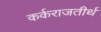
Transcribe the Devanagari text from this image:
कर्कराजतीर्थ